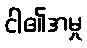
ငါ၏အမှု